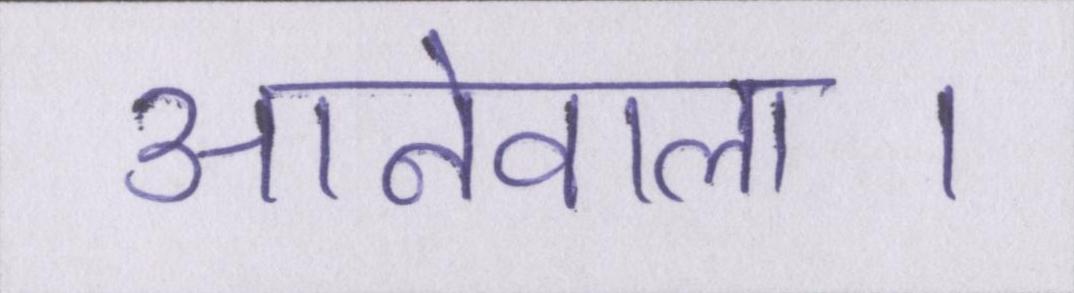
आनेवाला।